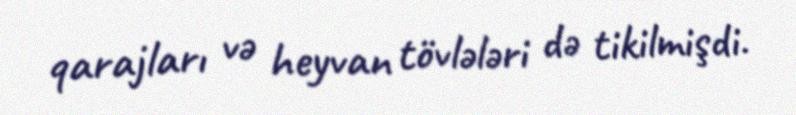
qarajları və heyvan tövlələri də tikilmişdi.